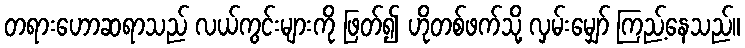
တရားဟောဆရာသည် လယ်ကွင်းများကို ဖြတ်၍ ဟိုတစ်ဖက်သို့ လှမ်းမျှော် ကြည့်နေသည်။